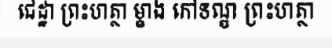
ជេដ្ឋា ព្រះហត្ថា ម្ខាង កៅទណ្ឌ ព្រះហត្ថា